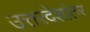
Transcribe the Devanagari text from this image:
उत्तरदेशांतर